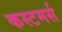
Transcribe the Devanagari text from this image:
कस्टमर्स